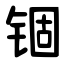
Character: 锢